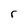
Character: r